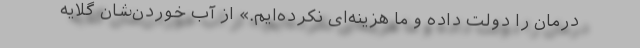
درمان را دولت داده و ما هزینه‌ای نکرده‌ایم.» از آب خوردن‌شان گلایه